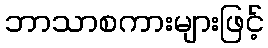
ဘာသာစကားများဖြင့်